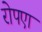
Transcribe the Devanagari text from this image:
रोपएा